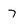
Character: 7